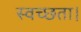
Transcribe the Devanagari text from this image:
स्वच्छता।